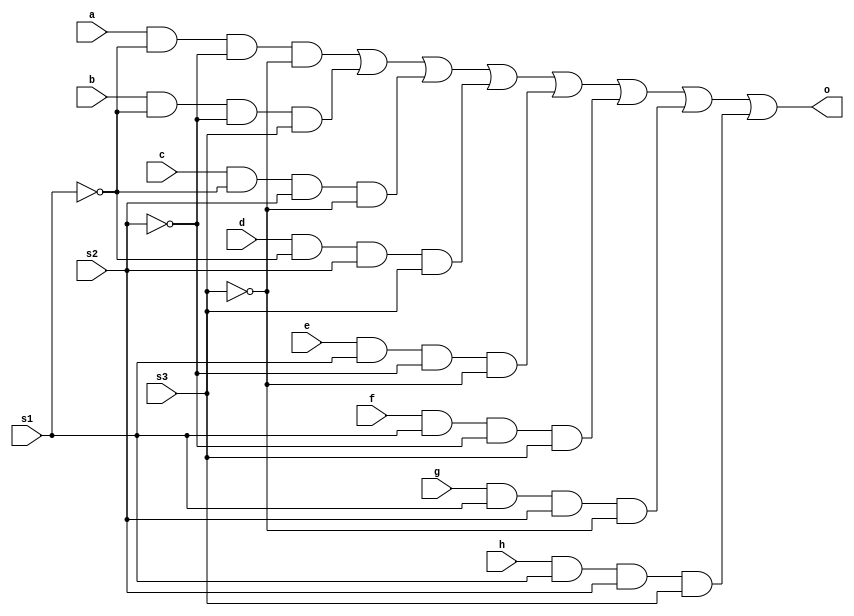
`timescale 1ns / 1ps
//////////////////////////////////////////////////////////////////////////////////
// Company: 
// Engineer: 
// 
// Design Name: 
// Module Name:    S8x1mux 
// Project Name: 
// Target Devices: 
// Tool versions: 
// Description: 
//
// Dependencies: 
//
// Revision: 
// Revision 0.01 - File Created
// Additional Comments: 
//
//////////////////////////////////////////////////////////////////////////////////
module S8x1mux(o,a,b,c,d,e,f,g,h,s1,s2,s3
    );
input a,b,c,d,e,f,g,h,s1,s2,s3;
output o;
wire o,x1,x2,x3,x4,x5,x6,x7,x8;
and(x1,a,~s1,~s2,~s3);
and(x2,b,~s1,~s2,s3);
and(x3,c,~s1,s2,~s3);
and(x4,d,~s1,s2,s3);
and(x5,e,s1,~s2,~s3);
and(x6,f,s1,~s2,s3);
and(x7,g,s1,s2,~s3);
and(x8,h,s1,s2,s3);
or(o,x1,x2,x3,x4,x5,x6,x7,x8);
endmodule